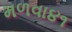
મળવા૪૧